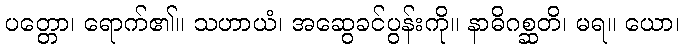
ပတ္တော၊ ရောက်၏။ သဟာယံ၊ အဆွေခင်ပွန်းကို။ နာဓိဂစ္ဆတိ၊ မရ။ ယော၊